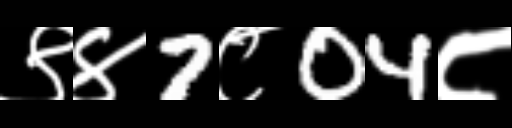
Text: ९४7८04८